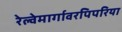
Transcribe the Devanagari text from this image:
रेल्वेमार्गावरपिपरिया